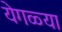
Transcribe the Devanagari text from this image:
येगळ्या